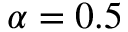
\alpha = 0 . 5